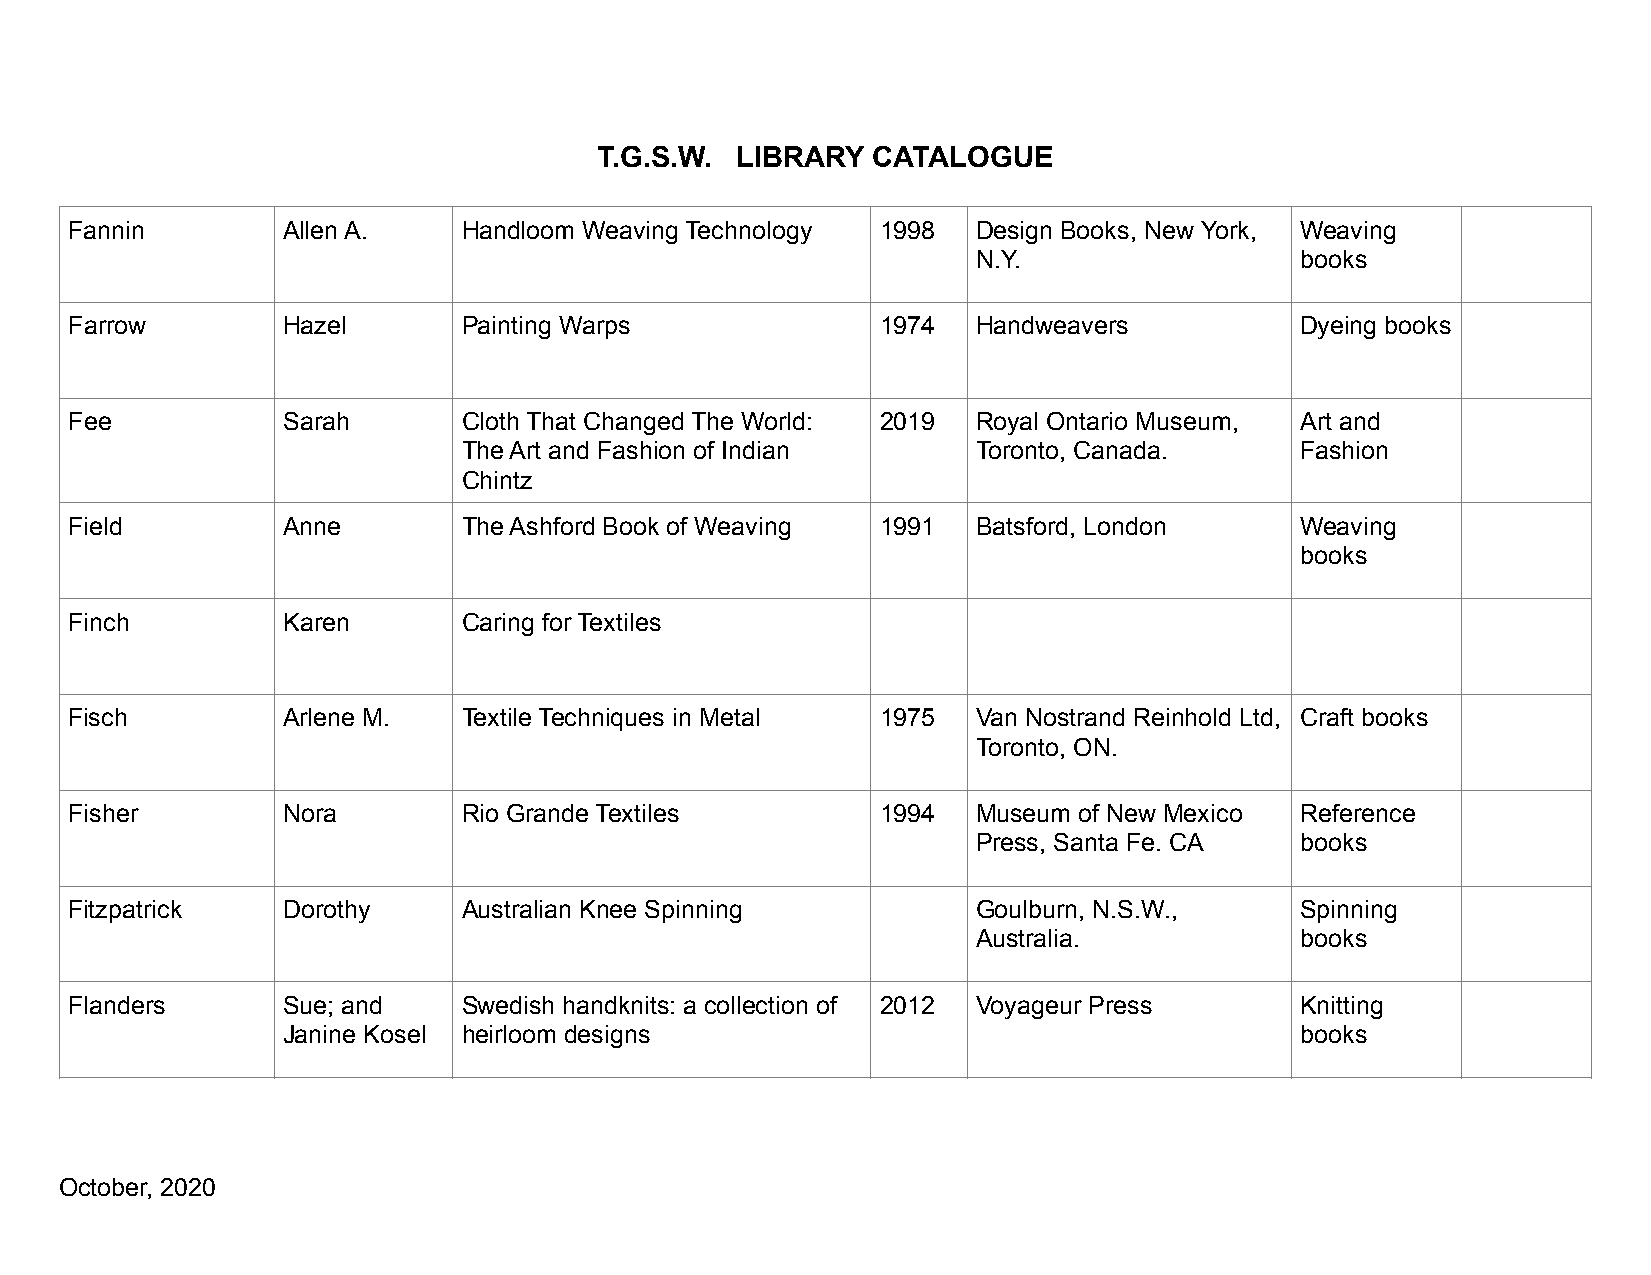
T.G.S.W. LIBRARY  CATALOGUE
 Fannin        Allen A.    Handloom Weaving Technology 1998  Design Books, New York, Weaving
 N.Y.                 books
 Farrow        Hazel       Painting Warps             1974   Handweavers          Dyeing books
 Fee           Sarah       Cloth That Changed The World: 2019 Royal Ontario Museum, Art and
 The Art and Fashion of Indian     Toronto, Canada.     Fashion
 Chintz
 Field         Anne        The Ashford Book of Weaving 1991  Batsford, London     Weaving
 books
 Finch         Karen       Caring for Textiles
 Fisch         Arlene M.   Textile Techniques in Metal 1975  Van Nostrand Reinhold Ltd, Craft books
 Toronto, ON.
 Fisher        Nora        Rio Grande Textiles        1994   Museum of New Mexico Reference
 Press, Santa Fe. CA  books
 Fitzpatrick   Dorothy     Australian Knee Spinning          Goulburn, N.S.W.,    Spinning
 Australia.           books
 Flanders      Sue; and    Swedish handknits: a collection of 2012 Voyageur Press Knitting
 Janine Kosel heirloom designs                                      books
 October, 2020